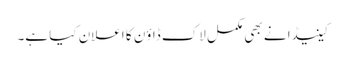
کینیڈا نے بھی مکمل لاک ڈاؤن کا اعلان کیا ہے۔